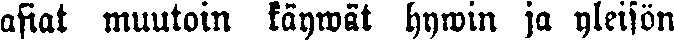
usiat muutoin käywät hywin ja yleisön